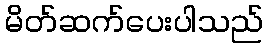
မိတ်ဆက်ပေးပါသည်